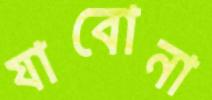
যাবোনা